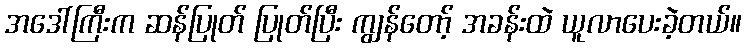
အဒေါ်ကြီးက ဆန်ပြုတ် ပြုတ်ပြီး ကျွန်တော့် အခန်းထဲ ယူလာပေးခဲ့တယ်။